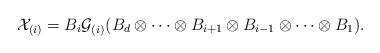
LaTeX: \begin{align*} \mathcal X_{(i)}=B_i\mathcal G_{(i)}(B_d\otimes \dots \otimes B_{i+1}\otimes B_{i-1}\otimes \dots \otimes B_1). \end{align*}